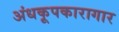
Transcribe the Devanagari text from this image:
अंधकूपकारागार